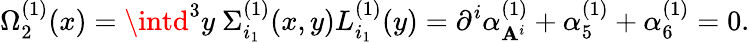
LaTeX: \Omega_{2}^{(1)}(x)=\intd^{3}y\ \Sigma_{i_{1}}^{(1)}(x,y)L_{i_{1}}^{(1)}(y)=\partial^{i}\alpha_{\mathbf{A}^{i}}^{(1)}+\alpha_{5}^{(1)}+\alpha_{6}^{(1)}=0.